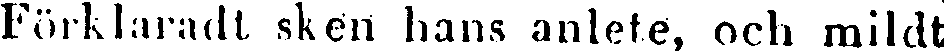
Förklaradt sken hans anlete, och mildt